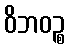
ဝိဘဝဉ္စ